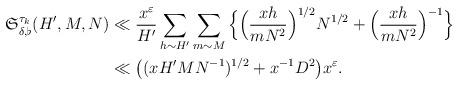
LaTeX: \begin{align*}\begin{aligned}\mathfrak{S}_{\delta, \flat}^{\tau_k}(H', M, N)& \ll \frac{x^{\varepsilon}}{H'} \sum_{h\sim H'} \sum_{m\sim M}\Big\{\Big(\frac{xh}{mN^2}\Big)^{1/2} N^{1/2} + \Big(\frac{xh}{mN^2}\Big)^{-1}\Big\}\\\noalign{\vskip 0,5mm}& \ll \big((x H' M N^{-1})^{1/2} + x^{-1} D^2\big) x^{\varepsilon}.\end{aligned}\end{align*}